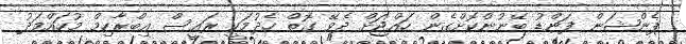
ޕެންޝަން ފަންޑު ބޭނުންކޮށްގެން ހައްޖަށް ދެވޭ ގޮތް ހެދުމަކީ ރައީސް އިބްރާހިމް މުހައްމަދު